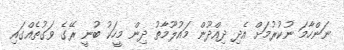
ނަންހާމަ ނުކުރުމަށް އެދި ދިއްދޫން މައުލޫމާތު ދިން މީހަކު ބުނީ ރޭގެ ވަގުތެއްގައި